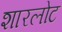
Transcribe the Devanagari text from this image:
शारलोट